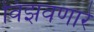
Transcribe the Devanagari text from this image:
विझवणारे